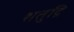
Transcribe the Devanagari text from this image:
शतुद्रि